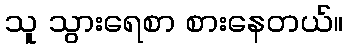
သူ သွားရေစာ စားနေတယ်။